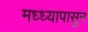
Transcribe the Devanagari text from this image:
मध्ध्यापासुन